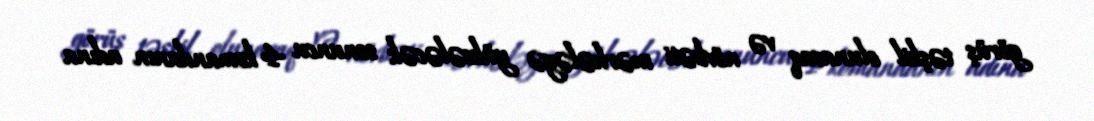
görüş təşkil olunacaq və növbəti mərhələyə yüksələcək sonuncu 4 komandanın adına